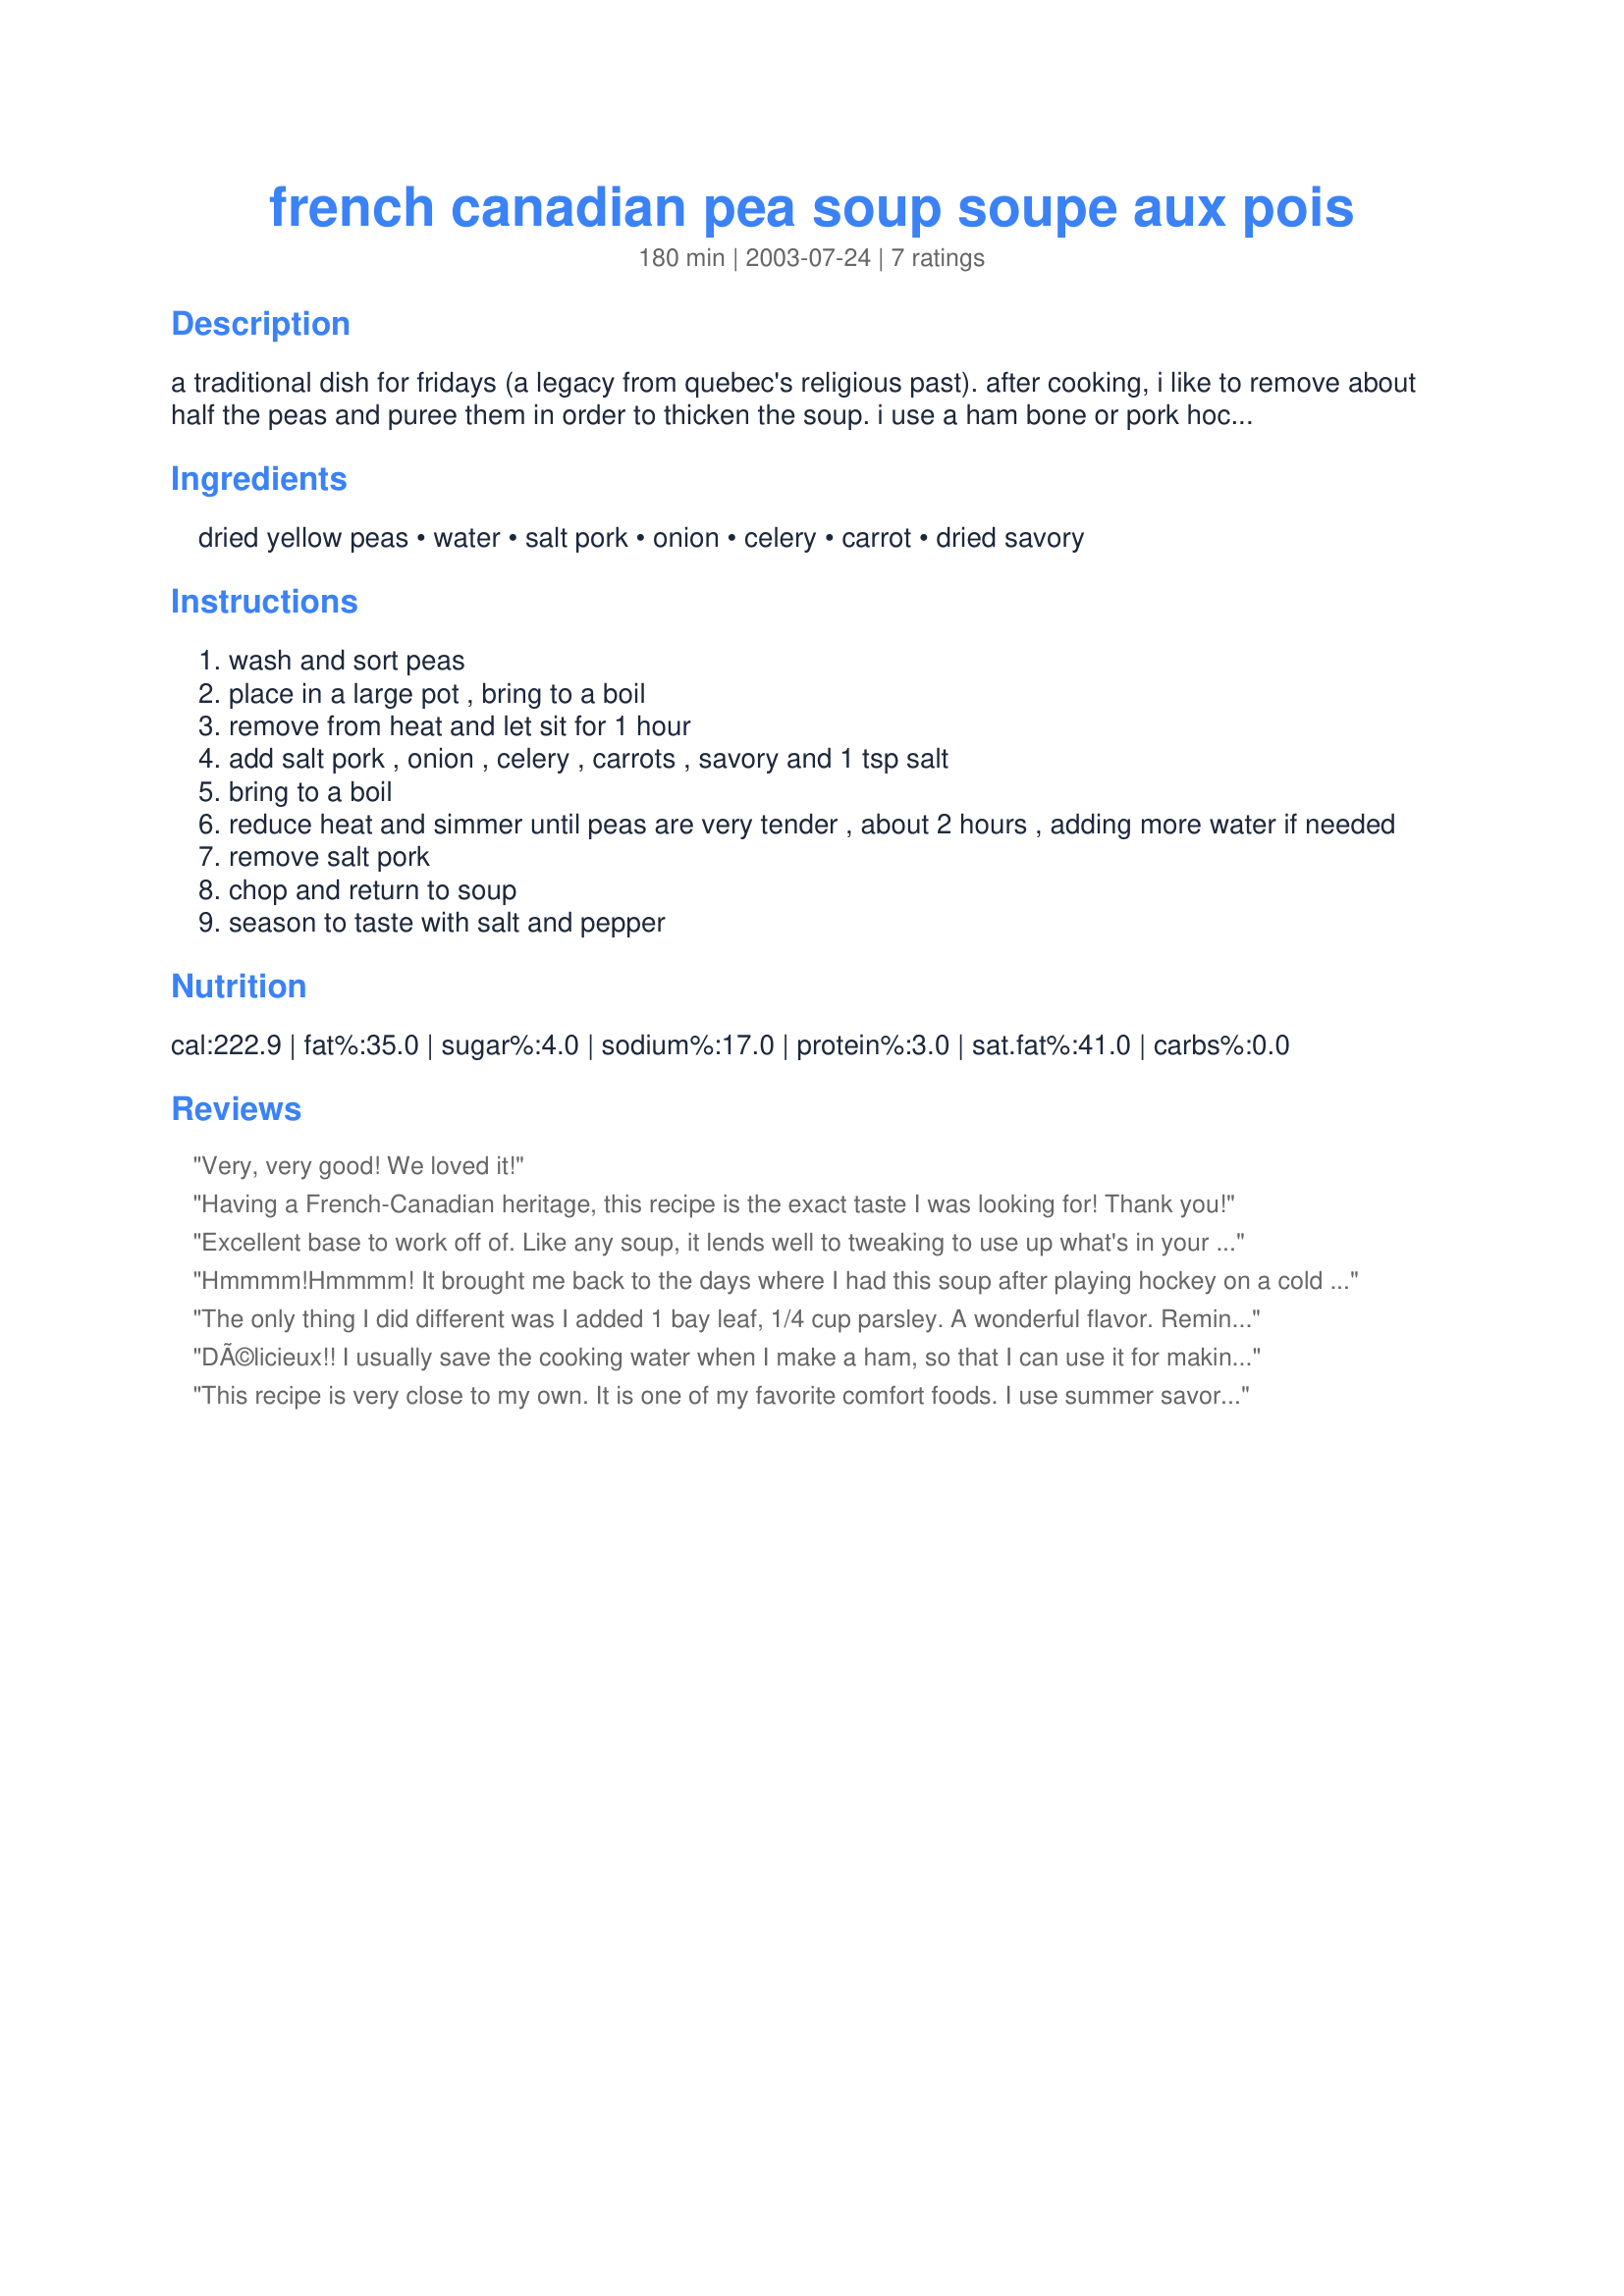
french canadian pea soup soupe aux pois
Preparation time: 180 minutes

a traditional dish for fridays (a legacy from quebec's religious past). after cooking, i like to remove about half the peas and puree them in order to thicken the soup. i use a ham bone or pork hocks instead of salt pork. the savoury is essential to get the right flavour. you can also soak the peas overnight instead of using the quick-soak method.

Ingredients:
dried yellow peas, water, salt pork, onion, celery, carrot, dried savory

Steps:
wash and sort peas
place in a large pot , bring to a boil
remove from heat and let sit for 1 hour
add salt pork , onion , celery , carrots , savory and 1 tsp salt
bring to a boil
reduce heat and simmer until peas are very tender , about 2 hours , adding more water if needed
remove salt pork
chop and return to soup
season to taste with salt and pepper

Reviews:
Very, very good! We loved it!
Having a French-Canadian heritage, this recipe is the exact taste I was looking for! Thank you!
Excellent base to work off of. Like any soup, it lends well to tweaking to use up what's in your fridge!
Hmmmm!Hmmmm! It brought me back to the days where I had this soup after playing hockey on a cold winter's day .I did add a bay leaf, very, very good. We loved it
The only thing I did different was I added 1 bay leaf, 1/4 cup parsley. A wonderful flavor. Reminds us of the Habitat canned pea soup from canada, we use to buy before this recipe..Thank U..
DÃ©licieux!! I usually save the cooking water when I make a ham, so that I can use it for making pea soup. It also freezes well if you don't feel like making soup just yet.
This recipe is very close to my own. It is one of my favorite comfort foods. I use summer savory when I have it. French-Canadian Pea Soup also freezes well and is quickly reheated in the microwave. It may taste better reheated after it has spend overnight in the refrigiraor.
